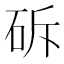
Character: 䂨